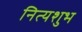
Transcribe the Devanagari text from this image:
नित्यशुभ